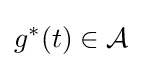
g^{\ast }(t)\in {\mathcal {A}}